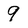
Character: 9